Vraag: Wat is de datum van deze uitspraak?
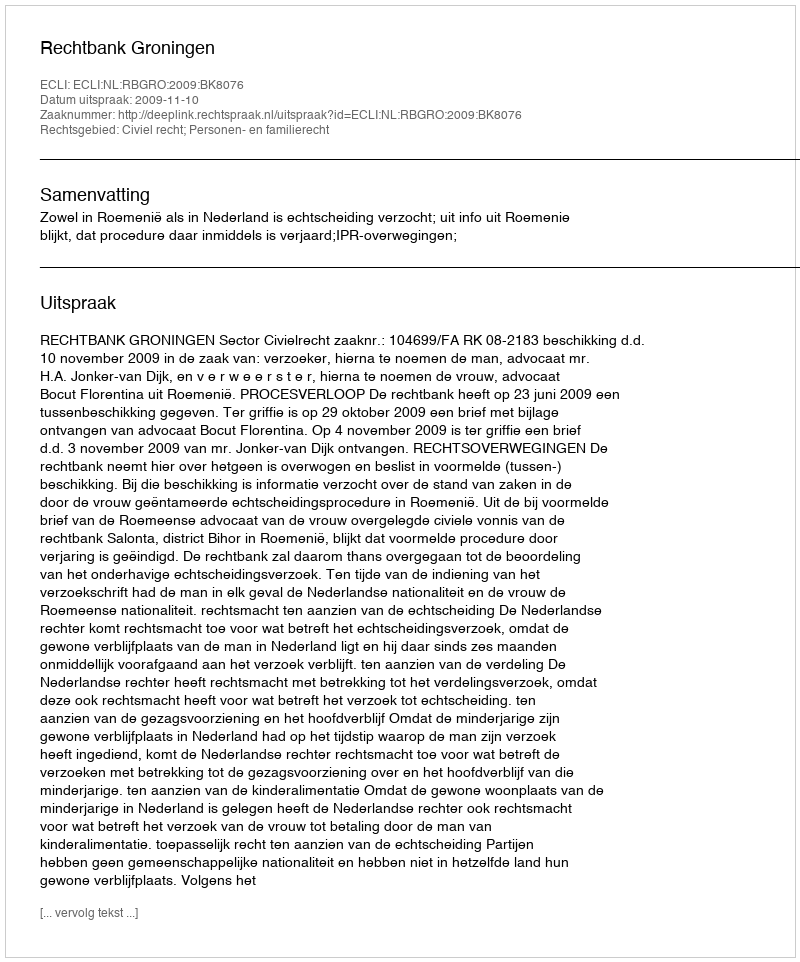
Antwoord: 2009-11-10